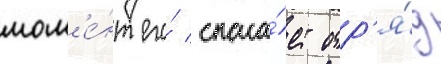
мом'е́нт его́ спаса́ет отр'я́д